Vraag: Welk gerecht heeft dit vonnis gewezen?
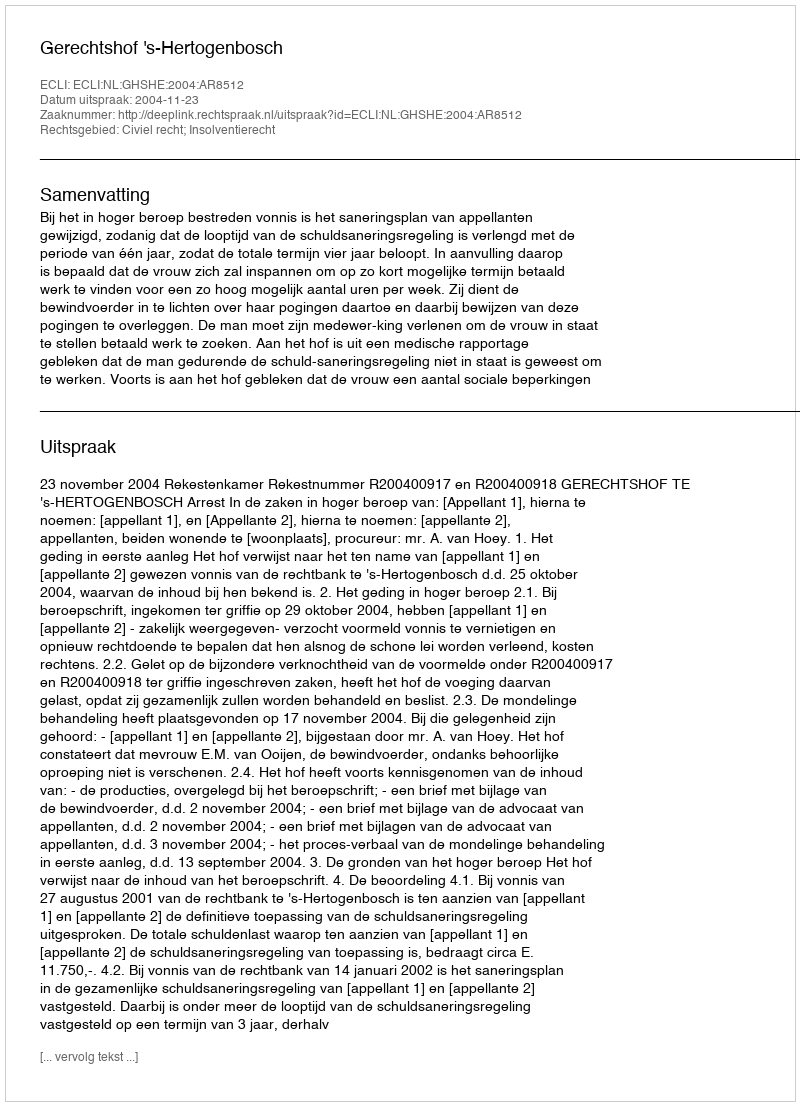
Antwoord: Gerechtshof 's-Hertogenbosch